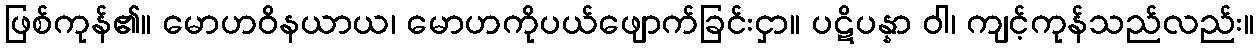
ဖြစ်ကုန်၏။ မောဟဝိနယာယ၊ မောဟကိုပယ်ဖျောက်ခြင်းငှာ။ ပဋိပန္နာ ဝါ၊ ကျင့်ကုန်သည်လည်း။